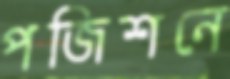
পজিশনে